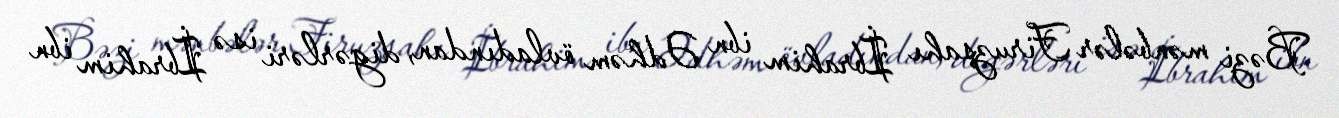
Bəzi mənbələr Firuzşahı İbrahim ibn Ədhəm övladından, digərləri isə İbrahim ibn